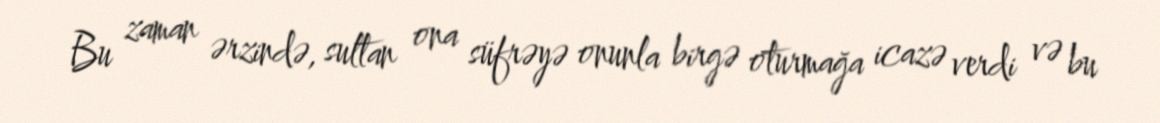
Bu zaman ərzində, sultan ona süfrəyə onunla birgə oturmağa icazə verdi və bu